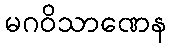
မဂဝိသာဏေန